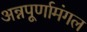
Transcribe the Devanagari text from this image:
अन्नपूर्णामंगल